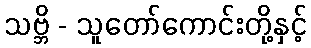
သဗ္ဘိ - သူတော်ကောင်းတို့နှင့်